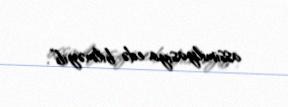
assimilyasiya edə bilməyib”.